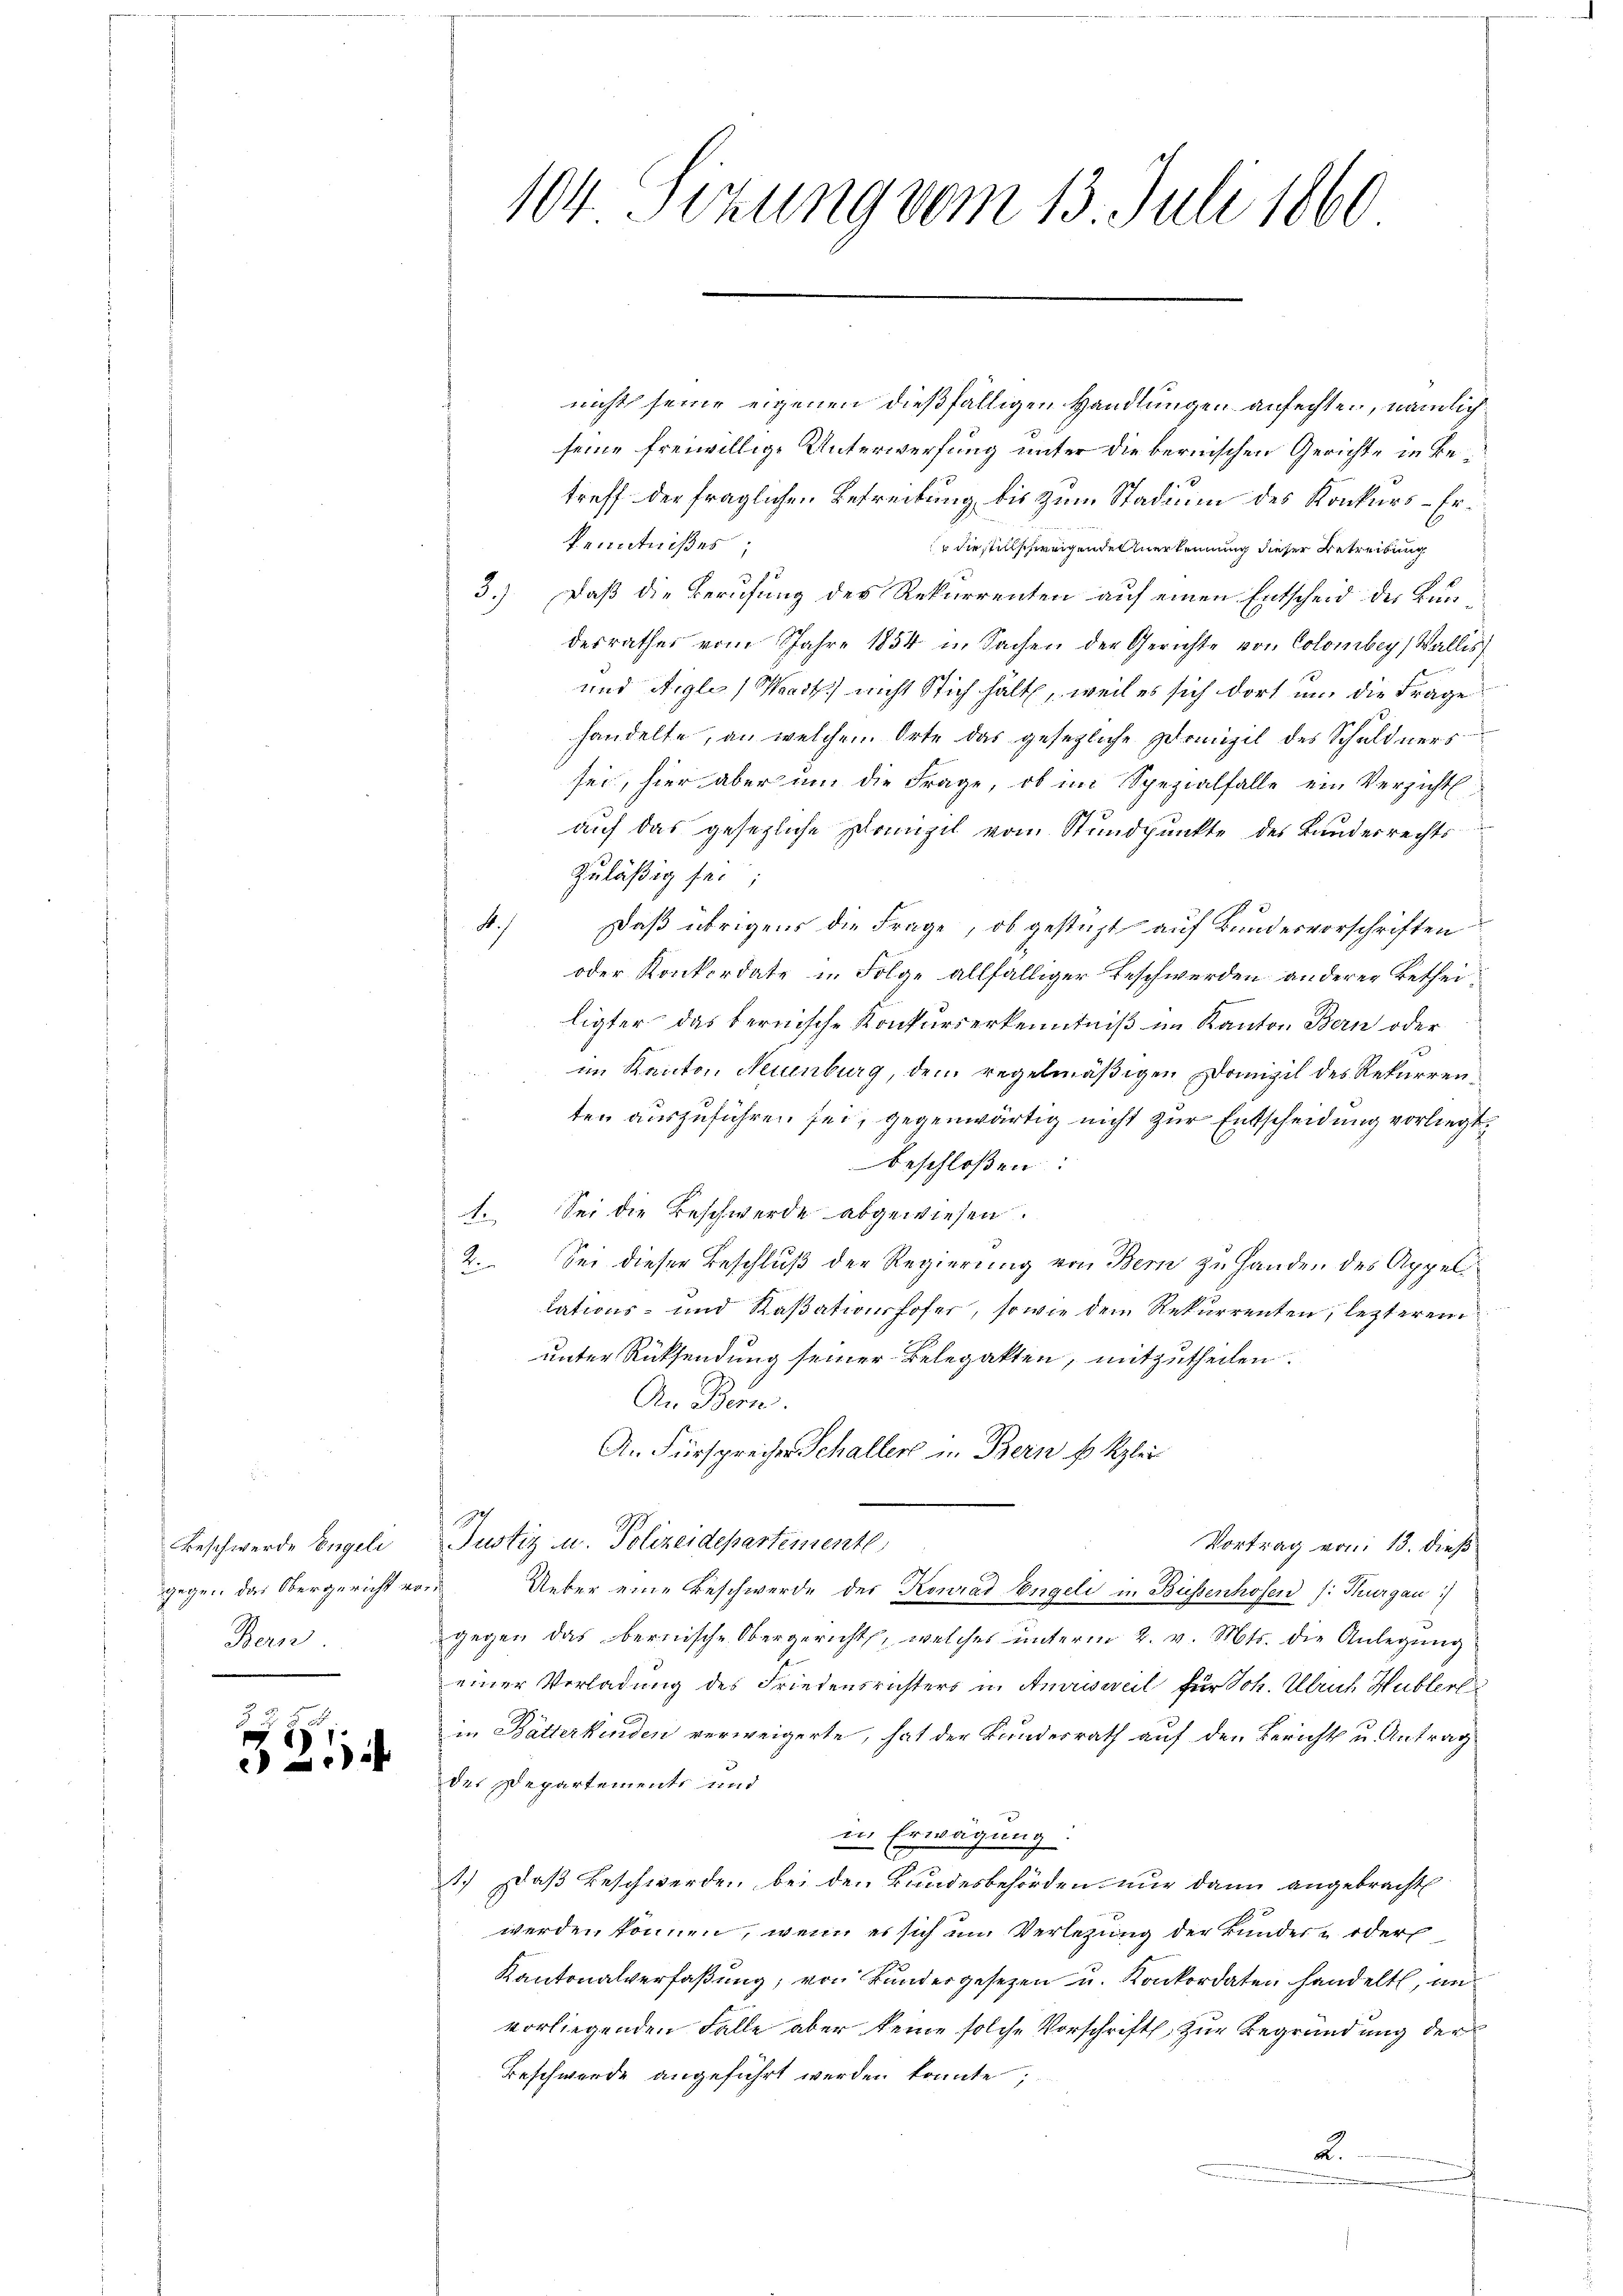
Beschwerde Engeli
gegen das Obergericht ver
Bern

1
i

A.)

104. Sitzung vom 13. Juli 1860

nicht seine eigenen dießfälligen Handlungen anfechte, nämlich
seine freiwillige Unterwerfung unter die bernischen Gerichte in Betreff der fraglichen Befreitung bis zum Stadium des Konkurs-Er¬
Kenntnißes;
 die stillschweigende Anerkennung dieser Betreibung
3.) Daß die Berufung des Rekurrenten auf einen Entscheid der Bundesrathes vom Jahre 1854 in Sachen der Gerichte von Colombey ( Wallis
und Aigle, Waadt nicht Stich hält, weil es sich dort um die Frage
handelte, an welchem Orte das gesezliche Domizil des Schuldners
sei, hier aber um die Frage, ob im Spezialfalle ein Verzichtl
auf das gesezliche Domizil vom Stundpunkte des Bandesrechts
zuläßig sei;
aß übrigens die Frage, ob gesteht auf Bundesvorschriften
oder Konkordate in Folge allfälliger Beschwerden anderer Betheiligter das bernische Konkurserkenntniß im Kanton Bern oder
im Kanton Neuenburg, dem regelmäßigen Domizil des Rekurrenten auszuführen sei, gegenwärtig nicht zur Entscheidung vorliegt.
beschloßen.
1. Sei die Beschwerde abgewiesen.
2. Sei dieser Beschluß der Regierung von Bern zu Handen des Appell
lations- und Kaßationshofer, sowie dem Rekurrenten, lezterem
unter Rücksendung seiner Belegatten, mitzutheilen.
An Bern.
An Fürsprechen Schaller in Bern u. klei
Justiz u. Polizeidepartemente
Vortrag von 13. dieß
Ueber eine Beschwerde der Konrad Engeli in Büssenhofen /: Thurgau)
gegen das Obernische Obergericht, welches unterm 2. v. Mts. die Anlegung
einer Verladung des Friedensrichters in Anvusweil für Joh. Ulrich Hubler
in Bätterkinden verweigerte, hat der Bundesrath auf den Bericht u. Antrag
des Departements und
.
in Erwägung.
.
1.) Daß Beschwerden bei den Bundesbehörden nur dann angebracht
werden können, wenn es sich im Verlegung der Bundes- oder
Kantonalverfaßung, von Kundergesezen u. Konkordaten handelt, un
vorliegenden Falle aber keine solche Vorschrift zur Begründung der
Beschwerde angeführt werden konnte;
2.